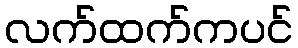
လက်ထက်ကပင်